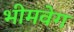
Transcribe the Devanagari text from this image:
भीमवेग